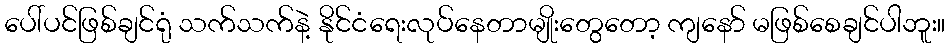
ပေါ်ပင်ဖြစ်ချင်ရုံ သက်သက်နဲ့ နိုင်ငံရေးလုပ်နေတာမျိုးတွေတော့ ကျနော် မဖြစ်စေချင်ပါဘူး။